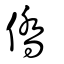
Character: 僑